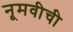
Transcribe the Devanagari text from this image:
नूमवीची